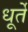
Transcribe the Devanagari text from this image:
धूर्ते